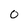
Character: O